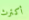
أكترث